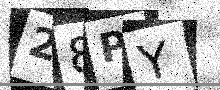
Text: 28PY